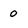
Character: o